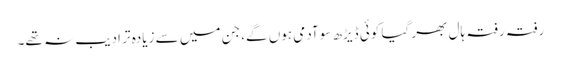
رفتہ رفتہ ہال بھر گیا کوئی ڈیڑھ سو آدمی ہوں گے، جن میں سے زیادہ تر ادیب نہ تھے۔